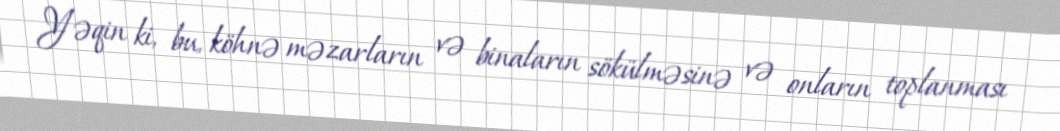
Yəqin ki, bu, köhnə məzarların və binaların sökülməsinə və onların toplanması